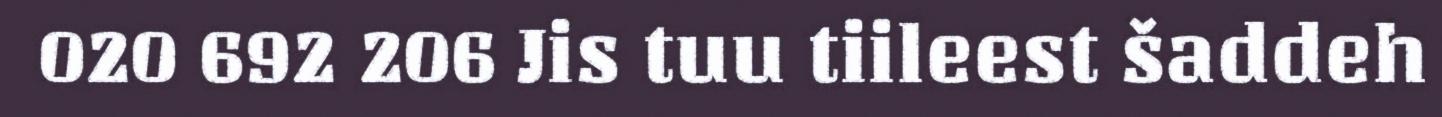
020 692 206 Jis tuu tiileest šaddeh